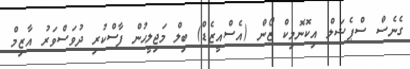
ގެނެސް ސްޕެޝަލް އިކޮނޮމިކް ޒޯން (އެސްއީޒެޑް) ބިލް މަޖިލީހުން ފާސްކުރި ދުވަސްވަރު އާޒިމް